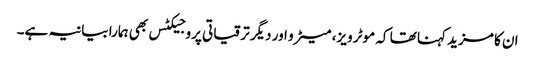
ان کا مزید کہنا تھا کہ موٹر ویز، میٹرو اور دیگر ترقیاتی پروجیکٹس بھی ہمارا بیانیہ ہے۔